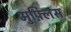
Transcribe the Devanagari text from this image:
मुफ़्लिस